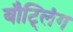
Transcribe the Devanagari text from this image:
बौट्लिंग